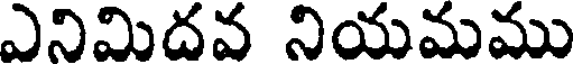
ఎనిమిదవ నియమము